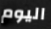
اليوم